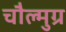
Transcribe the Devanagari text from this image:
चौल्मुग्र